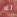
له